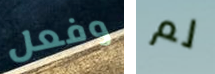
وفعل لم